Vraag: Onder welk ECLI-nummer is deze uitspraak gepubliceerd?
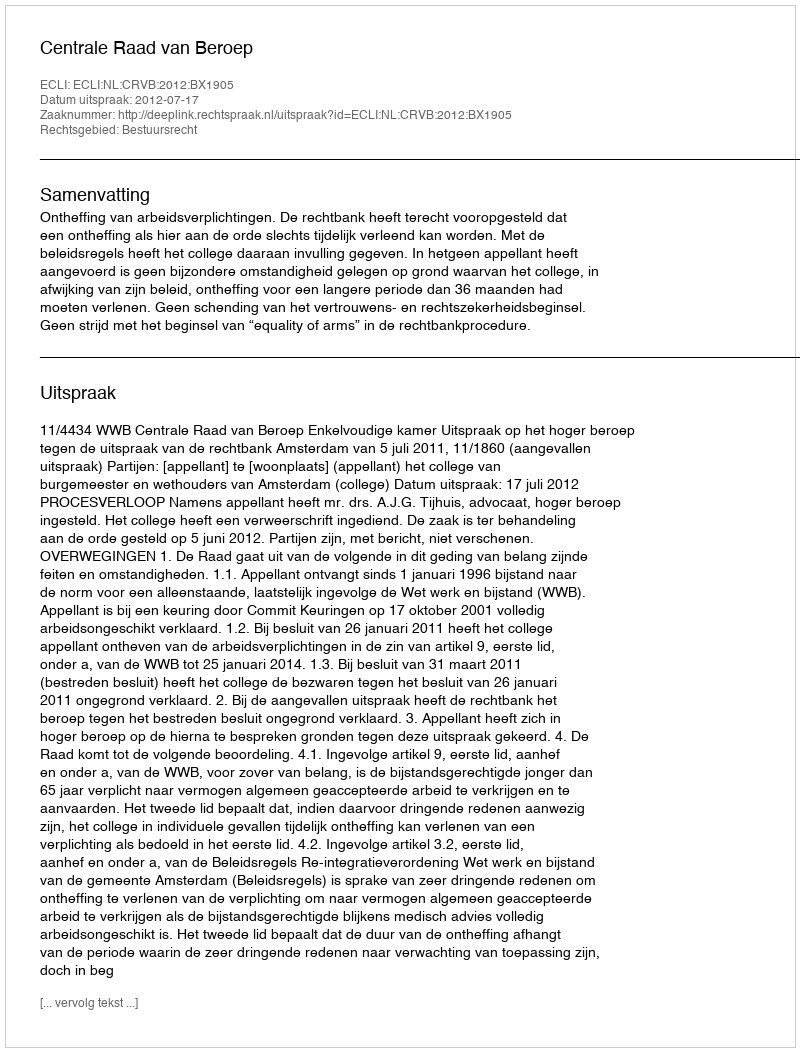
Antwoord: ECLI:NL:CRVB:2012:BX1905